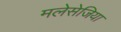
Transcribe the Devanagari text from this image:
मलेसेजिया